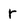
Character: r